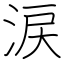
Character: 涙